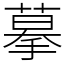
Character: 摹